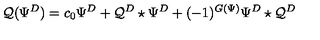
\mathcal { Q } ( \Psi ^ { D } ) = c _ { 0 } \Psi ^ { D } + \mathcal { Q } ^ { D } \star \Psi ^ { D } + ( - 1 ) ^ { G ( \Psi ) } \Psi ^ { D } \star \mathcal { Q } ^ { D }